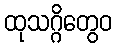
ထုသဂ္ဂိတွေဝ